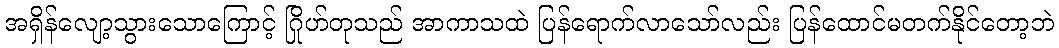
အရှိန်လျော့သွားသောကြောင့် ဂြိုဟ်တုသည် အာကာသထဲ ပြန်ရောက်လာသော်လည်း ပြန်ထောင်မတက်နိုင်တော့ဘဲ